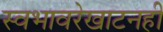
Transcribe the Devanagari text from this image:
स्वभावरेखाटनही